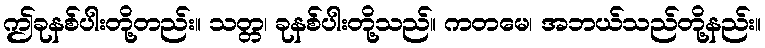
ဤခုနစ်ပါးတို့တည်း။ သတ္တ၊ ခုနစ်ပါးတို့သည်။ ကတမေ၊ အဘယ်သည်တို့နည်း။